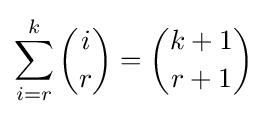
\sum _{i=r}^{k}{i \choose r}={k+1 \choose r+1}